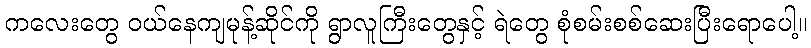
ကလေးတွေ ဝယ်နေကျမုန့်ဆိုင်ကို ရွာလူကြီးတွေနှင့် ရဲတွေ စုံစမ်းစစ်ဆေးပြီးရောပေါ့။